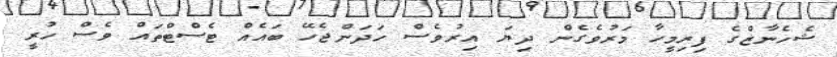
ޝެހެނާޒްގެ ފިރިމީހާ މަރުވެގެން ދިޔަ އިރުވެސް ހަދަންޖެހޭ ބައެއް ޓެސްޓްތައް ވެސް ހުރީ